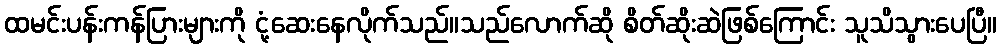
ထမင်းပန်းကန်ပြားများကို ငုံ့ဆေးနေလိုက်သည်။သည်လောက်ဆို စိတ်ဆိုးဆဲဖြစ်ကြောင်း သူသိသွားပေပြီ။